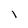
Character: 1